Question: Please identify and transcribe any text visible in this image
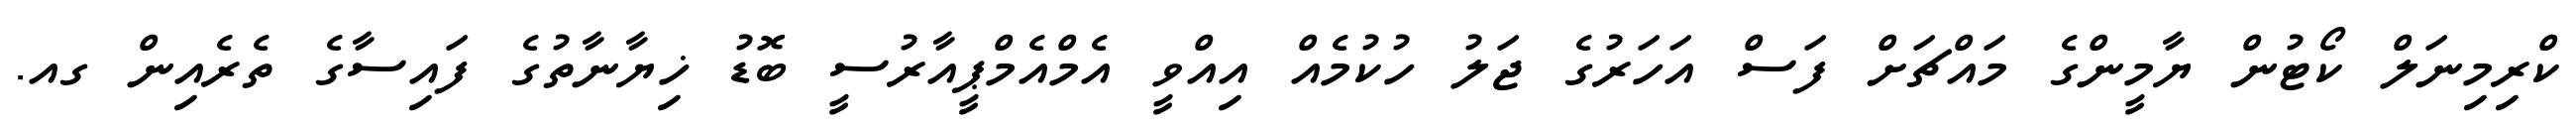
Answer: ކްރިމިނަލް ކޯޓުން ޔާމީންގެ މައްޗަށް ފަސް އަހަރުގެ ޖަލު ހުކުމެއް އިއްވީ އެމްއެމްޕީއާރުސީ ބޮޑު ޚިޔާނާތުގެ ފައިސާގެ ތެރެއިން ގއ.